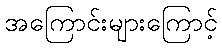
အကြောင်းများကြောင့်